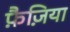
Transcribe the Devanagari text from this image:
फ़ैज़िया